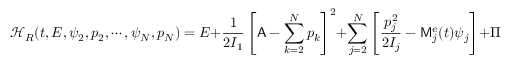
\mathcal { H } _ { R } ( t , E , \psi _ { 2 } , p _ { 2 } , \cdots , \psi _ { N } , p _ { N } ) = E + \frac { 1 } { 2 I _ { 1 } } \left[ \mathsf { A } - \sum _ { k = 2 } ^ { N } p _ { k } \right] ^ { 2 } + \sum _ { j = 2 } ^ { N } \left[ \frac { p _ { j } ^ { 2 } } { 2 I _ { j } } - \mathsf { M } _ { j } ^ { e } ( t ) \psi _ { j } \right] + \Pi \left( \psi _ { 2 } , \psi _ { 3 } , . . . , \psi _ { N } \right) \, ,